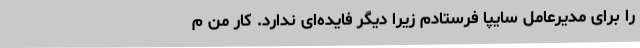
را برای مدیرعامل سایپا فرستادم زیرا دیگر فایده‌ای ندارد. کار من م